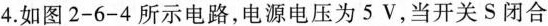
4.如图2-6-4所示电路，电源电压为5V，当开关S闭合